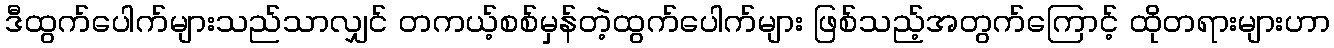
ဒီထွက်ပေါက်များသည်သာလျှင် တကယ့်စစ်မှန်တဲ့ထွက်ပေါက်များ ဖြစ်သည့်အတွက်ကြောင့် ထိုတရားများဟာ